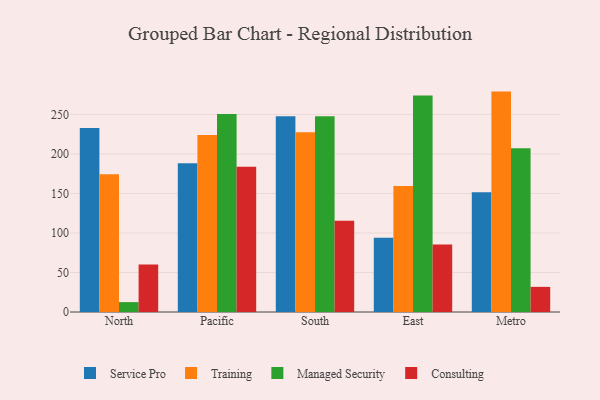
{"axis": {"x": "Region", "y": "Net Income (USD K)"}, "legend": ["Consulting", "Managed Security", "Service Pro", "Training"], "data": [{"x": "North", "y": 232.8, "type": "Service Pro"}, {"x": "North", "y": 174.4, "type": "Training"}, {"x": "North", "y": 12.5, "type": "Managed Security"}, {"x": "North", "y": 60.0, "type": "Consulting"}, {"x": "Pacific", "y": 188.3, "type": "Service Pro"}, {"x": "Pacific", "y": 223.9, "type": "Training"}, {"x": "Pacific", "y": 250.6, "type": "Managed Security"}, {"x": "Pacific", "y": 183.7, "type": "Consulting"}, {"x": "South", "y": 247.6, "type": "Service Pro"}, {"x": "South", "y": 227.5, "type": "Training"}, {"x": "South", "y": 247.7, "type": "Managed Security"}, {"x": "South", "y": 115.6, "type": "Consulting"}, {"x": "East", "y": 93.8, "type": "Service Pro"}, {"x": "East", "y": 159.5, "type": "Training"}, {"x": "East", "y": 274.1, "type": "Managed Security"}, {"x": "East", "y": 85.5, "type": "Consulting"}, {"x": "Metro", "y": 151.4, "type": "Service Pro"}, {"x": "Metro", "y": 278.9, "type": "Training"}, {"x": "Metro", "y": 207.2, "type": "Managed Security"}, {"x": "Metro", "y": 31.8, "type": "Consulting"}]}